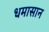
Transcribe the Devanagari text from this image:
धमासान